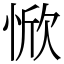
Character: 惞